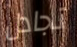
تجادل